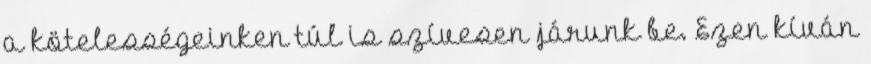
a kötelességeinken túl is szívesen járunk be. Ezen kíván